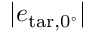
| \boldsymbol { e } _ { \mathrm { t a r } , 0 ^ { \circ } } |